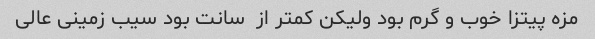
مزه پیتزا خوب و گرم بود ولیکن کمتر از  سانت بود سیب زمینی عالی